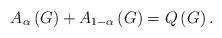
LaTeX: \begin{align*}A_{\alpha}\left( G\right) +A_{1-\alpha}\left( G\right) =Q\left( G\right). \end{align*}